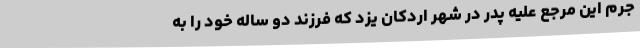
جرم این مرجع علیه پدر در شهر اردکان یزد که فرزند دو ساله خود را به